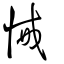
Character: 悈